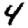
Digit: 4